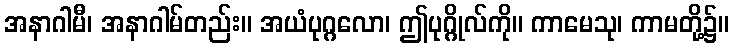
အနာဂါမီ၊ အနာဂါမ်တည်း။ အယံပုဂ္ဂလော၊ ဤပုဂ္ဂိုလ်ကို။ ကာမေသု၊ ကာမတို့၌။